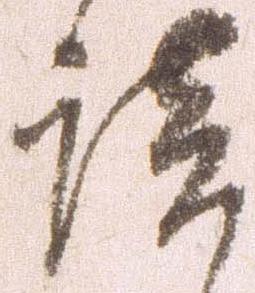
談